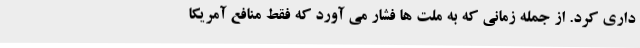
داری کرد. از جمله زمانی که به ملت ها فشار می آورد که فقط منافع آمریکا